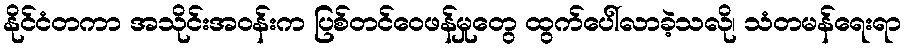
နိုင်ငံတကာ အသိုင်းအဝန်းက ပြစ်တင်ဝေဖန်မှုတွေ ထွက်ပေါ်လာခဲ့သလို၊ သံတမန်ရေးရာ